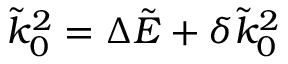
\tilde { k } _ { 0 } ^ { 2 } = \Delta \tilde { E } + \delta \tilde { k } _ { 0 } ^ { 2 }